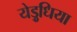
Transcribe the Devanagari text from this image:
येड़ुधिया